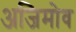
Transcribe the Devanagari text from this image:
अजिमोव